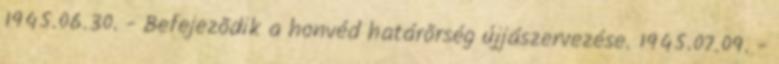
1945.06.30. - Befejezõdik a honvéd határõrség újjászervezése. 1945.07.09. -